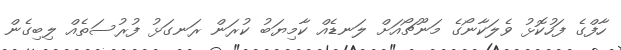
ހާފްގެ ފަހުކޮޅު ވެލަކާނޯގެ މަނޫޗޯއަށް ލަނޑެއް ކާމިޔަބު ކުރަން ރަނގަޅު ފުރުސަތެއް ލިބިގެން